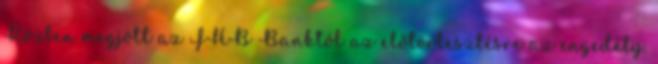
Közben megjött az FHB Banktól az előtörlesztésre az engedély.